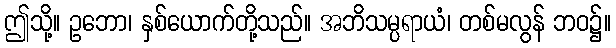
ဤသို့။ ဥဘော၊ နှစ်ယောက်တို့သည်။ အဘိသမ္ပရာယံ၊ တစ်မလွန် ဘဝ၌။